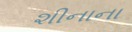
શીનાના